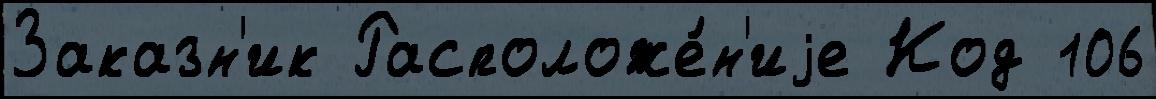
Заказн'ик Расположе́н'иjе Код 106